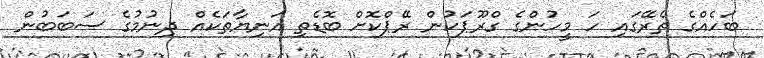
ބަހެއްގެ ތެރޭގައި ހަ މީހުންގެ ގްރޫޕަކުން ރޭޕްކޮށް ބޮޑެތި އަނިޔާތަކެއް ދިނުމުގެ ސަބަބުން